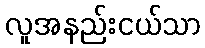
လူအနည်းငယ်သာ